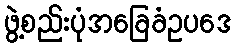
ဖွဲ့စည်းပုံအခြေခံဥပဒေ